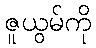
ဇူယွမ်ကို